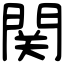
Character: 関